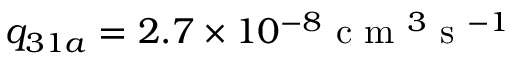
q _ { 3 1 a } = 2 . 7 \times 1 0 ^ { - 8 } \mathrm { ~ c ~ m ~ } ^ { 3 } \mathrm { ~ s ~ } ^ { - 1 }